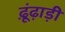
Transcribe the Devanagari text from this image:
ढ़ूंढ़ाड़ी